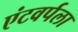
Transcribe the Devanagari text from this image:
एंटवर्पला